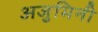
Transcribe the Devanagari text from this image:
अजुमिनी